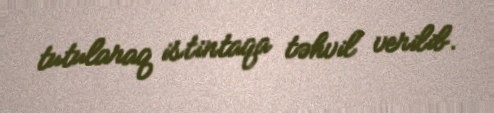
tutularaq istintaqa təhvil verilib.